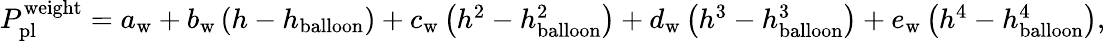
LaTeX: \begin{array}{r}{P_{\mathrm{pl}}^{\mathrm{weight}}=a_{\mathrm{w}}+b_{\mathrm{w}}\left(h-h_{\mathrm{balloon}}\right)+c_{\mathrm{w}}\left(h^{2}-h_{\mathrm{balloon}}^{2}\right)+d_{\mathrm{w}}\left(h^{3}-h_{\mathrm{balloon}}^{3}\right)+e_{\mathrm{w}}\left(h^{4}-h_{\mathrm{balloon}}^{4}\right),}\end{array}